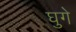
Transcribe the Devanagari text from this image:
घुगे